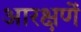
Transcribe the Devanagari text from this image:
आरक्षणें